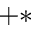
^ { + * }